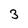
Character: 3